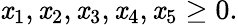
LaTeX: \mathit{x}_{1},\mathit{x}_{2},\mathit{x}_{3},\mathit{x}_{4},\mathit{x}_{5}\geq0.